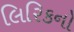
લિરિકનો